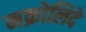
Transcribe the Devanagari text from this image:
मक्रोलिदे